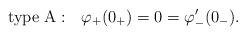
LaTeX: \begin{align*}{\rm type\ A}:~~ \varphi_+(0_+)=0=\varphi'_-(0_-).\end{align*}